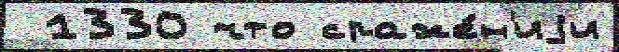
 1330 что сраже́н'иjи